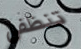
تنظفي